Eestimaa_Kommunistliku_Partei_Keskkomitee, lk 97
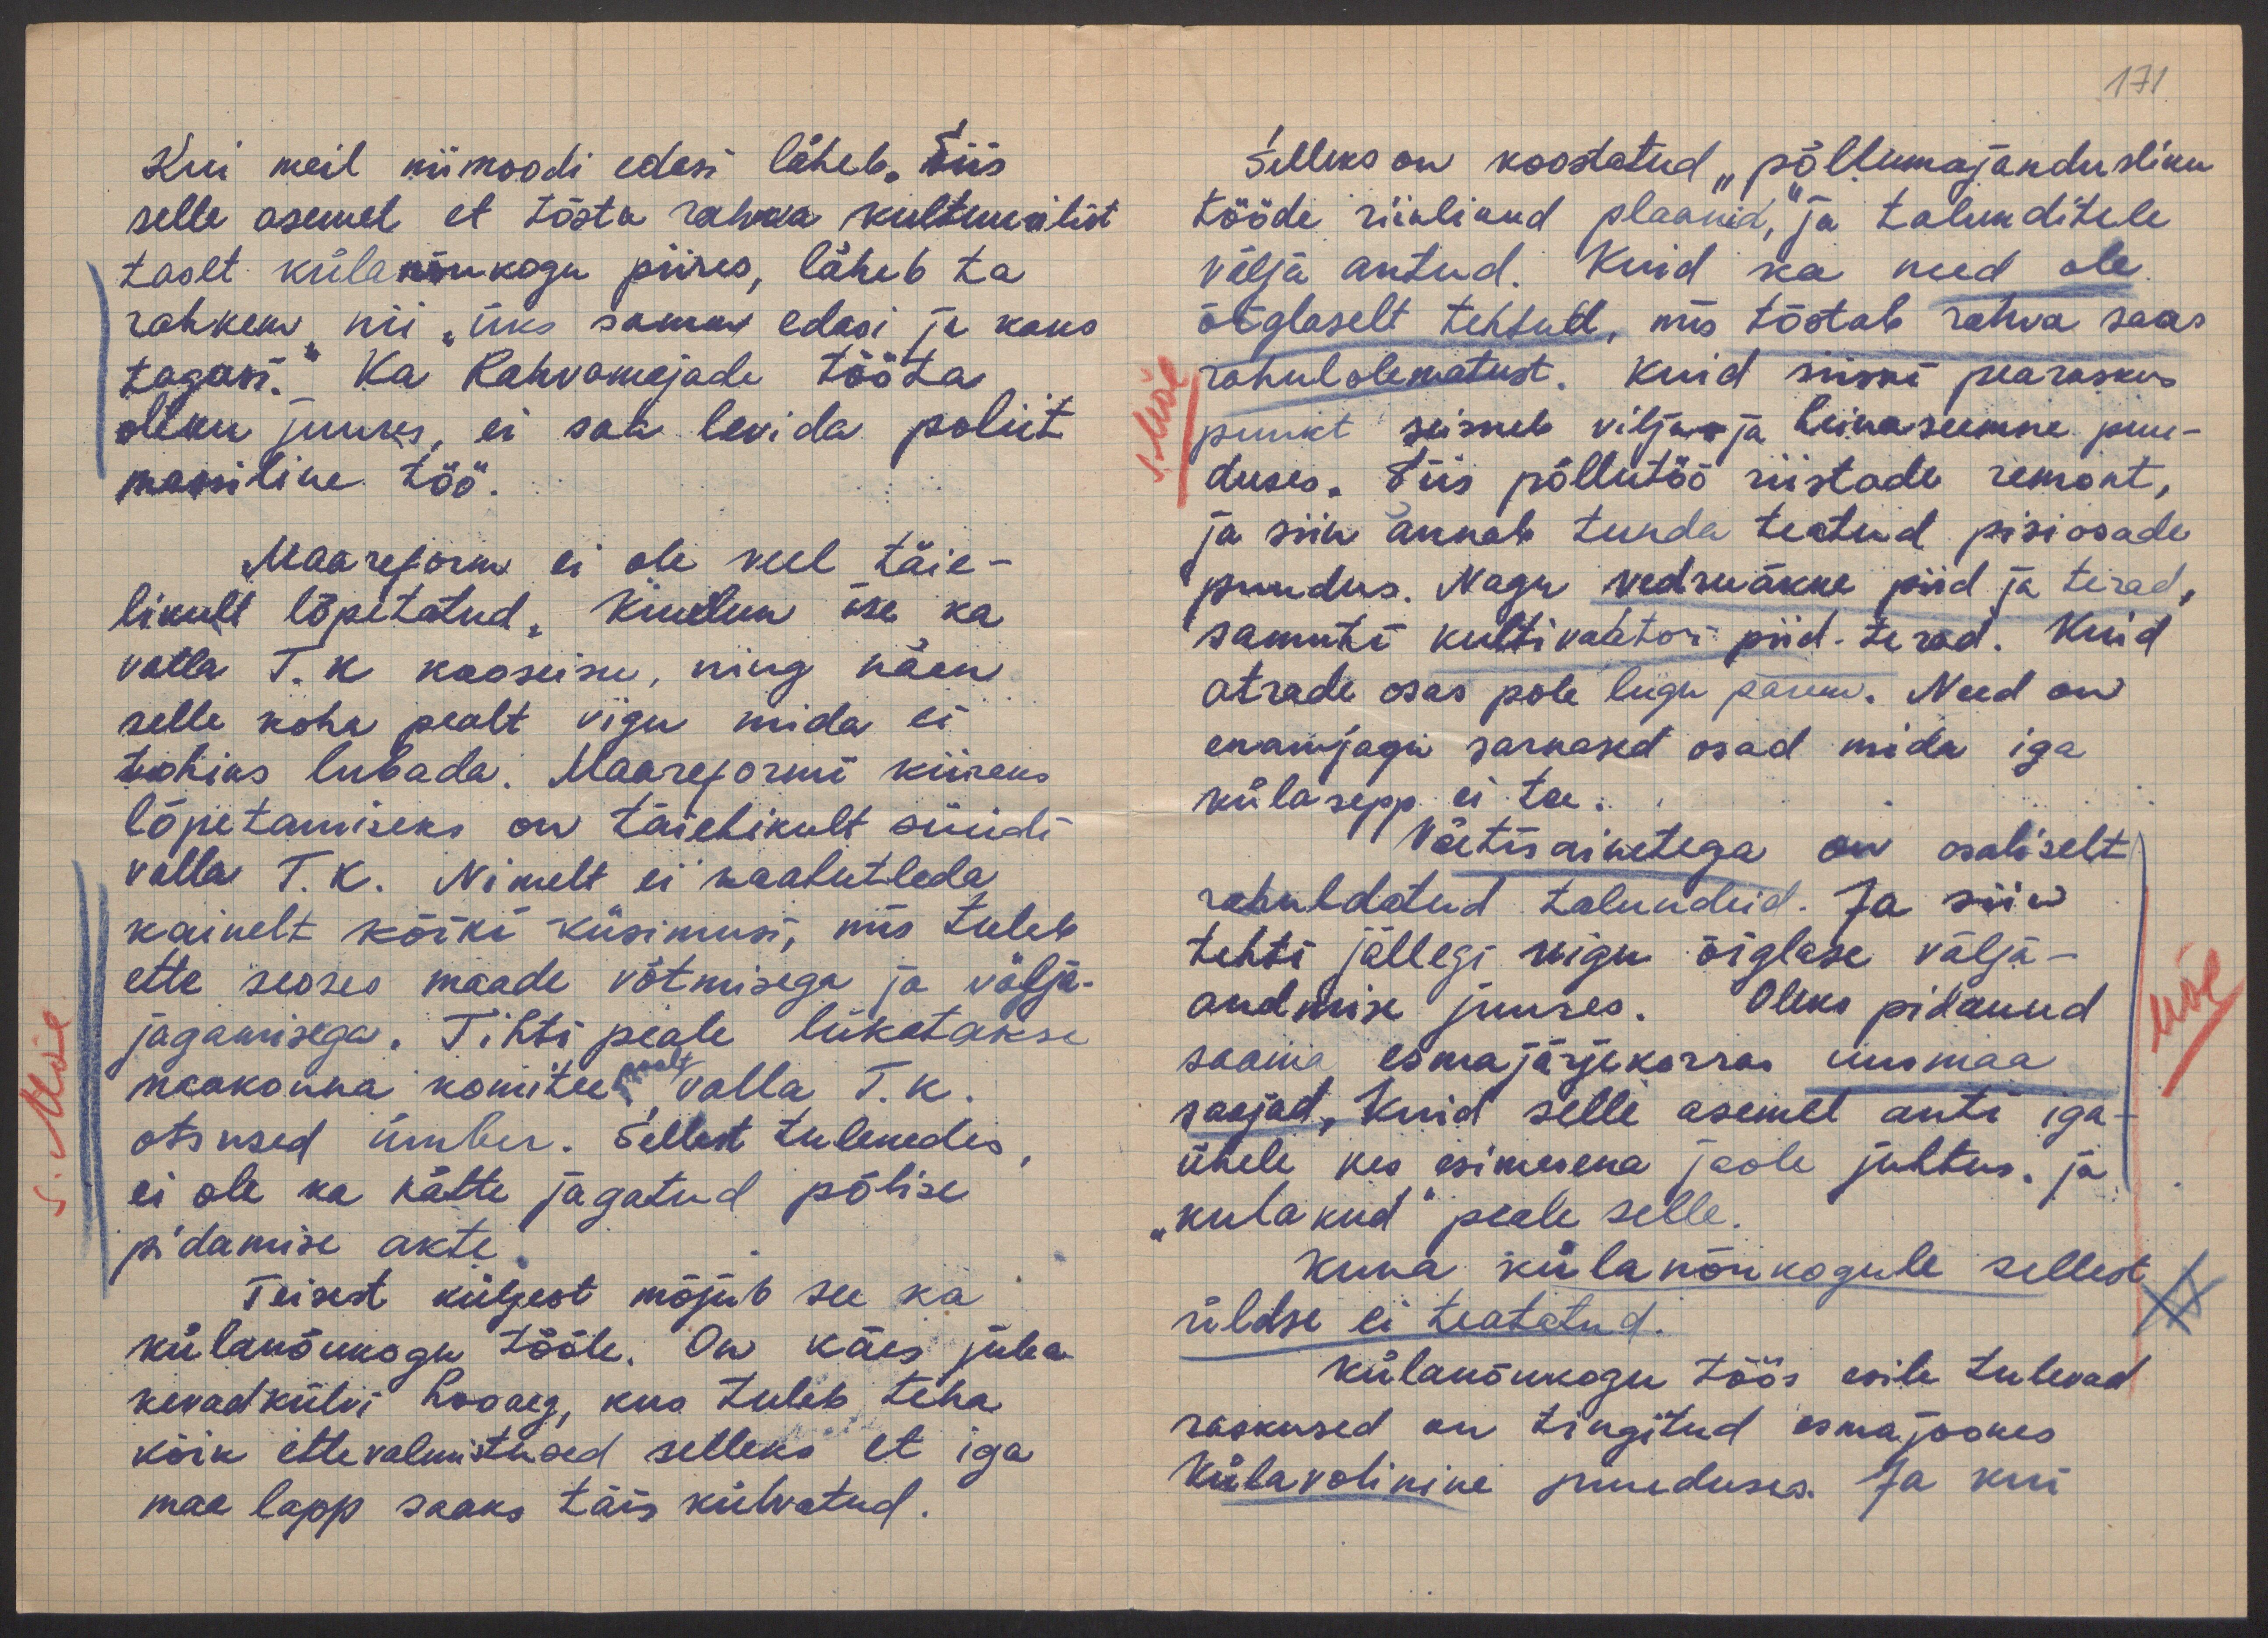
171

Kui meil niimoodi edasi läheb. Siis
selle asemel, et tõsta rahva kultuurilist
taset külanõukogu piires, läheb ta
rohkem nii "üks samm edasi ja kaks
tagasi." Ka Rahvamajade tööta
oleku juures, ei saa levida poliit-
massiline töö.
Maareform ei ole veel täie-
likult lõpetatud. Kuulun ise ka
valla T.K kooseisu, ning näen
selle koha pealt vigu mida ei
tohiks lubada. Maareformi kiireks
lõpetamiseks on täielikult süüdi
valla T.K. Nimelt ei kaalutleda
kainelt kõiki küsimusi, mis tuleb
ette seoses maade võtmisega ja välja-
jagamisega. Tihti peale lükatakse
poolt
maakonna komitee valla T.K.
otsused ümber. Sellest tulenedes
ei ole ka kätte jagatud põlise
pidamise akte
Teisest küljest mõjub see ka
külanõukogu tööle. On käes juba
kevadkülvi hooaeg, kus tuleb teha
kõik ettevalmistused selleks, et iga
maa lapp saaks täis külvatud.

Selleks on koostatud "põllumajandusliku
tööde riiklikud plaanid," ja talunditele
välja antud. Kuid ka need ole
õiglaselt tehtud, mis tõotab rahva seas
rahulolematust. Kuid siiski pearaskus
punkt seisneb vilja- ja heinaseemne puu-
duses. Siis põllutöö riistade remont,
ja siin annab tunda teatud pisiosade
puudus. Nagu vedruäkke piid ja terad,
samuti kultivaatori piid. terad. Kuid
atrade osas pole lugu parem. Need on
enamjagu sarnased osad mida iga
külasepp ei tee.
Väetisainetega on osaliselt
rahuldatud talundeid. Ja siin
tehti jällegi vigu õiglase välja-
andmise juures. Oleks pidanud
saama esmajärjekorras uusmaa
saajad. Kuid selle asemel anti iga-
ühele kes esimesena jaole juhtus. ja
"kulakud" peale selle.
Kuna külanõukogule sellest
üldse ei teatatud.
Külanõukogu töös esile tulevad
raskused on tingitud esmajoones
Külavolinike puuduses. Ja kui